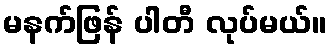
မနက်ဖြန် ပါတီ လုပ်မယ်။